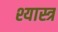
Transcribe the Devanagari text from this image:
श्यास्त्र